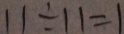
1 1 \div 1 1 = 1